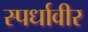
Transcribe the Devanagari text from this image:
स्पर्धावीर